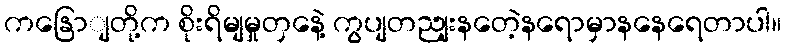
ကနြောျတို့က စိုးရိမျမှုတှနေဲ့ ကွပျတညျးနတေဲ့နရောမှာနနေရေတာပါ။